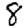
Digit: 8